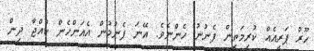
ހޫރު ޕަރީއެއް ކުރިމަތިން ފެނުނު ހެންނެވެ. އޭނަ ފެނުމުން އެއަންހެން ކުއްޖާ ދިން